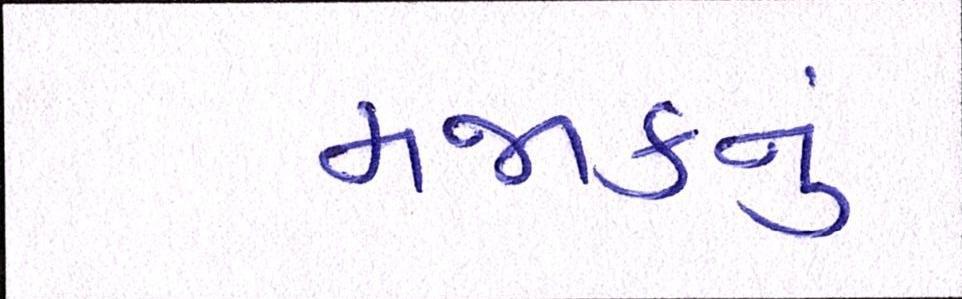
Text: મજાકનું